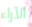
الآراء